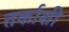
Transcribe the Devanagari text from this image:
तर्काशी